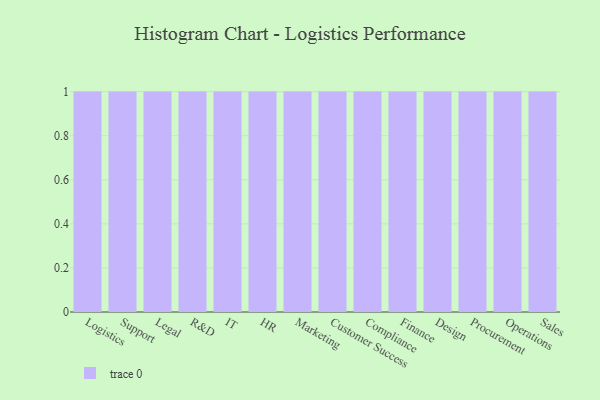
{"axis": {"x": "Department", "y": "Tickets Resolved"}, "legend": [""], "data": [{"x": "Logistics", "y": 47, "type": ""}, {"x": "Support", "y": 88, "type": ""}, {"x": "Legal", "y": 65, "type": ""}, {"x": "R&D", "y": 97, "type": ""}, {"x": "IT", "y": 90, "type": ""}, {"x": "HR", "y": 11, "type": ""}, {"x": "Marketing", "y": 88, "type": ""}, {"x": "Customer Success", "y": 78, "type": ""}, {"x": "Compliance", "y": 9, "type": ""}, {"x": "Finance", "y": 30, "type": ""}, {"x": "Design", "y": 1, "type": ""}, {"x": "Procurement", "y": 17, "type": ""}, {"x": "Operations", "y": 60, "type": ""}, {"x": "Sales", "y": 7, "type": ""}]}